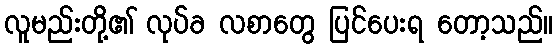
လူမည်းတို့၏ လုပ်ခ လစာတွေ ပြင်ပေးရ တော့သည်။